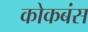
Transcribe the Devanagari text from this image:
कोकबंस